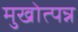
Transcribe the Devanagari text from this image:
मुखोत्पन्न